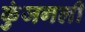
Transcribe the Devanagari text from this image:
कुंजगली